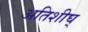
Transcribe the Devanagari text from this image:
अतिशीघ्